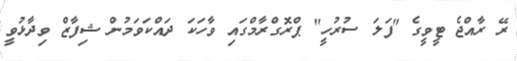
ރޭ ރާއްޖެ ޓީވީގެ "ފަލަ ސުރުހީ" ޕްރޮގްރާމްގައި ވާހަކަ ދައްކަވަމުން ޝިފާޒް ވިދާޅުވީ